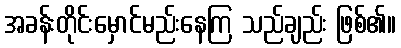
အခန်းတိုင်းမှောင်မည်းနေကြ သည်ချည်း ဖြစ်၏။